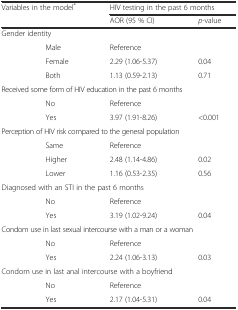
| <ROWSPAN=2-COLSPAN=2> Variables in the model* | <COLSPAN=2> HIV testing in the past 6 months |
 | AOR (95 % CI) | p-value |
 | --- | --- | --- | --- |
 | <COLSPAN=2> Gender identity |  |  |
 |  | Male | Reference |  |
 |  | Female | 2.29 (1.06-5.37) | 0.04 |
 |  | Both | 1.13 (0.59-2.13) | 0.71 |
 | <COLSPAN=3> Received some form of HIV education in the past 6 months |  |
 |  | No | Reference |  |
 |  | Yes | 3.97 (1.91-8.26) | <0.001 |
 | <COLSPAN=3> Perception of HIV risk compared to the general population |  |
 |  | Same | Reference |  |
 |  | Higher | 2.48 (1.14-4.86) | 0.02 |
 |  | Lower | 1.16 (0.53-2.35) | 0.56 |
 | <COLSPAN=3> Diagnosed with an STI in the past 6 months |  |
 |  | No | Reference |  |
 |  | Yes | 3.19 (1.02-9.24) | 0.04 |
 | <COLSPAN=4> Condom use in last sexual intercourse with a man or a woman |
 |  | No | Reference |  |
 |  | Yes | 2.24 (1.06-3.13) | 0.03 |
 | <COLSPAN=4> Condom use in last anal intercourse with a boyfriend |
 |  | No | Reference |  |
 |  | Yes | 2.17 (1.04-5.31) | 0.04 |